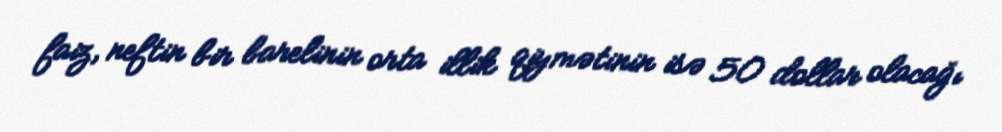
faiz, neftin bir barelinin orta illik qiymətinin isə 50 dollar olacağı